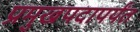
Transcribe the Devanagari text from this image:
प्रमुखपदापर्यंत